Annual report of the Punjab Veterinary College and of the Civil Veterinary Department, Punjab - 1894-1908
Year: 1894
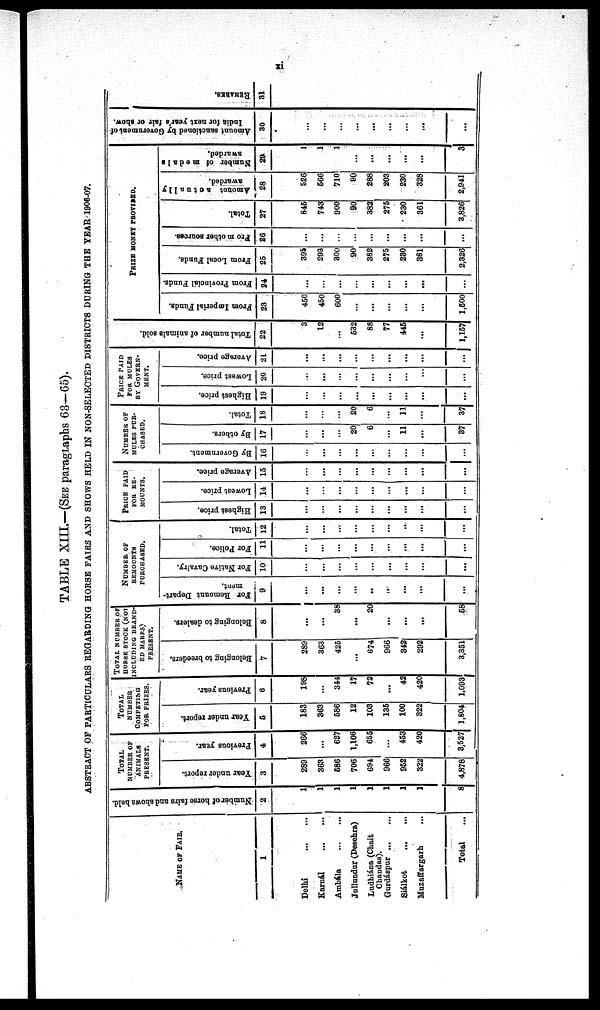
xi
TABLE XIII.—(SEE paragraphs 63—65).
ABSTRACT OF PARTICULARS REGARDING HORSE PAIRS AND SHOWS HELD IN NON-SELECTED DISTRICTS DURING THE YEAR 1906-07.
NAME OF FAIR.
1
Delhi
...
...
Karnál
...
...
Ambála
...
...
Jullundur (Desehra)
Ludhiána (Chait
Chandas).
Gurdáspur ... ...
Siálkot
...
...
Muzaffargarh ...
Total ...
Number of horse fairs and shows held.
2
1
1
1
1
1
1
1
1
8
TOTAL
NUMBER OF
ANIMALS
PRESENT.
Year under report.
3
289
363
586
706
694
966
952
322
4,878
Previous year.
4
266
...
627
1,106
655
...
453
420
3,527
TOTAL
NUMBER
COMPETING
FOR PRIZES.
Year under report.
5
183
363
586
12
103
135
100
322
1,804
Previous year.
6
198
...
344
17
72
...
42
420
1,093
TOTAL NUMBER OF
HORSE STOCK (NO-
INCLUDING BRAND-
ED MARKS)
PRESENT.
Belonging to breeders.
7
289
363
425
...
674
966
342
292
3,351
Belonging to dealers.
8
...
...
38
...
20
...
...
...
58
NUMBER OF
REM0DNTS
PURCHASED.
For Remount Depart-
ment.
9
...
...
...
...
...
...
...
...
...
...
For Native Cavalry.
10
...
...
...
...
...
...
...
...
...
For Police.
11
...
...
...
...
...
...
...
...
...
Total.
12
...
...
...
...
...
...
..
...
...
PRICE
PAID
FOR RE-
MOUNTS.
Highest price.
13
...
...
...
...
...
...
...
...
...
Lowest price.
14
...
...
...
...
...
...
...
...
...
Average price.
15
...
...
...
...
...
...
...
...
...
NUMBER
OF
MULES
PUR-
CHASED.
By Government.
16
...
...
...
...
...
...
...
...
...
By others.
17
...
...
...
20
6
...
11
...
37
Total.
18
...
...
20
6
...
11
...
37
PRICE PAID
FOR MOLES
BY GOVERN-
----.
Highest price.
19
...
...
...
...
...
...
...
...
...
Lowest price.
20
...
...
...
...
...
...
...
...
...
Average price.
21
...
...
...
...
...
...
...
...
...
Total number of animals sold.
22
3
12
...
532
88
77
445
...
1,157
PRIZE MONEY PROVIDED.
From Imperial Funds.
23
450
450
600
...
...
...
...
...
1,500
From Provincial Funds.
24
...
...
...
...
...
...
...
...
From Local Funds.
25
395
293
300
90
382
275
230
361
2,326
Fro m other sources.
26
...
...
...
...
...
...
...
...
Total.
27
845
743
900
90
382
275
230
361
3,826
Amount actually
awarded.
28
526
566
710
90
288
203
230
328
2,941
Number of medals
awarded.
29
1
1
1
...
...
...
...
...
3
Amount sanctioned by Government of
India for next year's fair or show.
30
...
...
...
...
...
...
...
...
...
REMARKS .
31